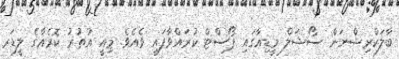
ބާލަކްރިޝްނަން ސޯޝަލް މީޑިއާގައި ޕޯސްޓް ކުރައްވާފައި ވެއެވެ. މިއީ އުތުރު ކޮރެއާގެ ލީޑަރ